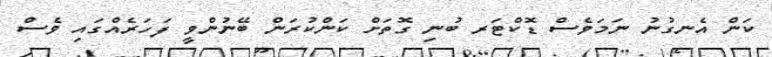
ކަން އެނގުނު ނަމަވެސް ޑޮކްޓަރ ބުނި ގޮތަށް ކަންކުރަން ބޭނުންވީ ފަހަރެއްގައި ވެސް